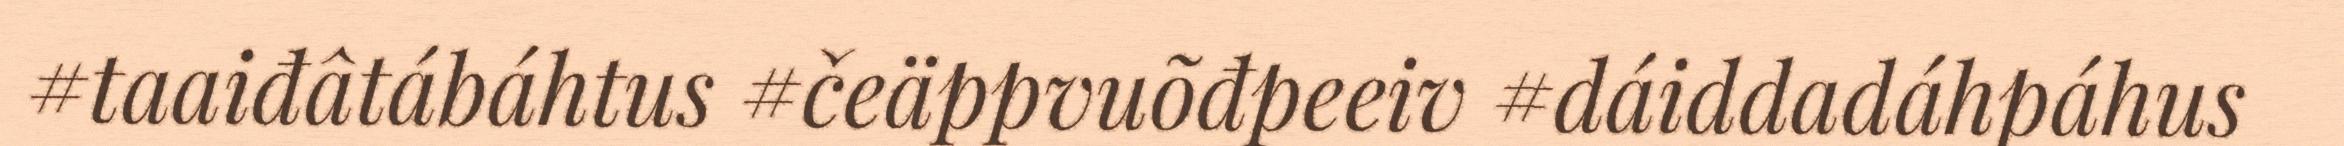
#taaiđâtábáhtus #čeäppvuõđpeeiv #dáiddadáhpáhus